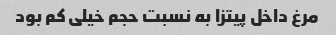
مرغ داخل پیتزا به نسبت حجم خیلی کم بود